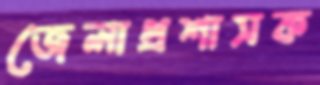
জেলাপ্রশাসক